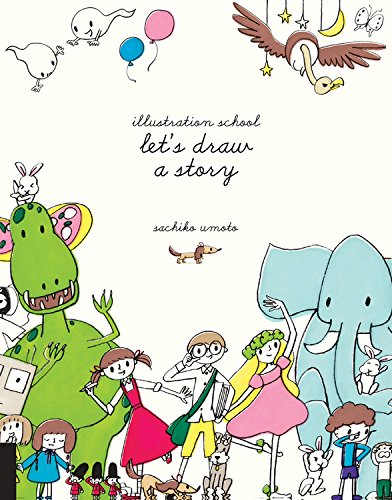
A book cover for Illustration School: Let's Draw a Story; Sachiko Umoto; Comics & Graphic Novels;